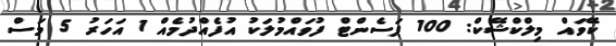
ކޭވައް މިލްކްޝޭކް: 100 ޕަސެންޓް ފުވައްމުލަކު އުފެއްދުމެއް 1 އަހަރު 5 މަސް